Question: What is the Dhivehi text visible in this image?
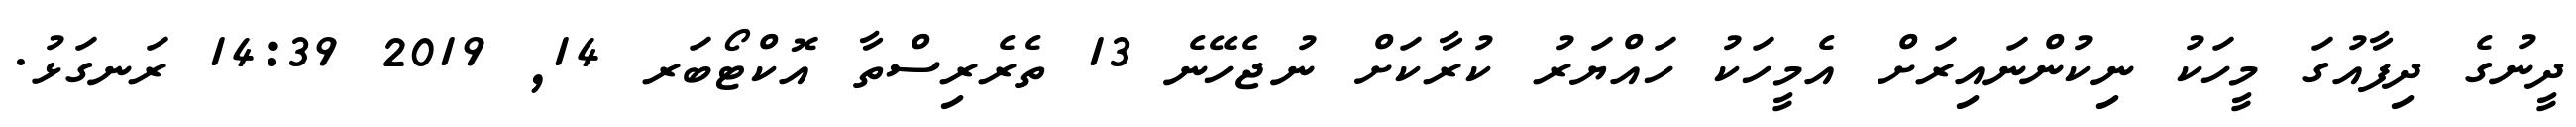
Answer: ދީނުގެ ދިފާއުގަ މީހަކު ނިކުންނައިރަށް އެމީހަކު ހައްޔަރު ކުރާކަށް ނުޖެހޭނެ 13 ތެރެރިސްތާ އޮކްޓޯބަރ 14, 2019 14:39 ރަނގަޅު.